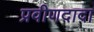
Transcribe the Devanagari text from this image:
प्रवीणदादा